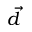
\vec { d }